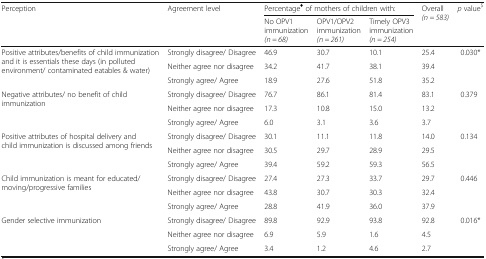
<table><thead><tr><td rowspan="2"><b>Perception</b></td><td rowspan="2"><b>Agreement level</b></td><td colspan="3"><b>Percentage<sup>♦</sup> of mothers of children with:</b></td><td rowspan="2"><b>Overall<i>(n = 583)</i></b></td><td rowspan="2"><b><i>p</i> value<sup>$</sup></b></td></tr><tr><td><b>No OPV1 immunization<i>(n = 68)</i></b></td><td><b>OPV1/OPV2 immunization<i>(n = 261)</i></b></td><td><b>Timely OPV3 immunization<i>(n = 254)</i></b></td></tr></thead><tbody><tr><td rowspan="3">Positive attributes/benefits of child immunization and it is essentials these days (in polluted environment/ contaminated eatables &amp; water)</td><td>Strongly disagree/ Disagree</td><td>46.9</td><td>30.7</td><td>10.1</td><td>25.4</td><td>0.030*</td></tr><tr><td>Neither agree nor disagree</td><td>34.2</td><td>41.7</td><td>38.1</td><td>39.4</td><td></td></tr><tr><td>Strongly agree/ Agree</td><td>18.9</td><td>27.6</td><td>51.8</td><td>35.2</td><td></td></tr><tr><td rowspan="3">Negative attributes/ no benefit of child immunization</td><td>Strongly disagree/ Disagree</td><td>76.7</td><td>86.1</td><td>81.4</td><td>83.1</td><td>0.379</td></tr><tr><td>Neither agree nor disagree</td><td>17.3</td><td>10.8</td><td>15.0</td><td>13.2</td><td></td></tr><tr><td>Strongly agree/ Agree</td><td>6.0</td><td>3.1</td><td>3.6</td><td>3.7</td><td></td></tr><tr><td rowspan="3">Positive attributes of hospital delivery and child immunization is discussed among friends</td><td>Strongly disagree/ Disagree</td><td>30.1</td><td>11.1</td><td>11.8</td><td>14.0</td><td>0.134</td></tr><tr><td>Neither agree nor disagree</td><td>30.5</td><td>29.7</td><td>28.9</td><td>29.5</td><td></td></tr><tr><td>Strongly agree/ Agree</td><td>39.4</td><td>59.2</td><td>59.3</td><td>56.5</td><td></td></tr><tr><td rowspan="3">Child immunization is meant for educated/moving/progressive families</td><td>Strongly disagree/ Disagree</td><td>27.4</td><td>27.3</td><td>33.7</td><td>29.7</td><td>0.446</td></tr><tr><td>Neither agree nor disagree</td><td>43.8</td><td>30.7</td><td>30.3</td><td>32.4</td><td></td></tr><tr><td>Strongly agree/ Agree</td><td>28.8</td><td>41.9</td><td>36.0</td><td>37.9</td><td></td></tr><tr><td rowspan="3">Gender selective immunization</td><td>Strongly disagree/ Disagree</td><td>89.8</td><td>92.9</td><td>93.8</td><td>92.8</td><td>0.016*</td></tr><tr><td>Neither agree nor disagree</td><td>6.9</td><td>5.9</td><td>1.6</td><td>4.5</td><td></td></tr><tr><td>Strongly agree/ Agree</td><td>3.4</td><td>1.2</td><td>4.6</td><td>2.7</td><td></td></tr></tbody></table>